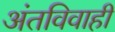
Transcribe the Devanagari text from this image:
अंतविवाही